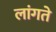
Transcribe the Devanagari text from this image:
लांगते